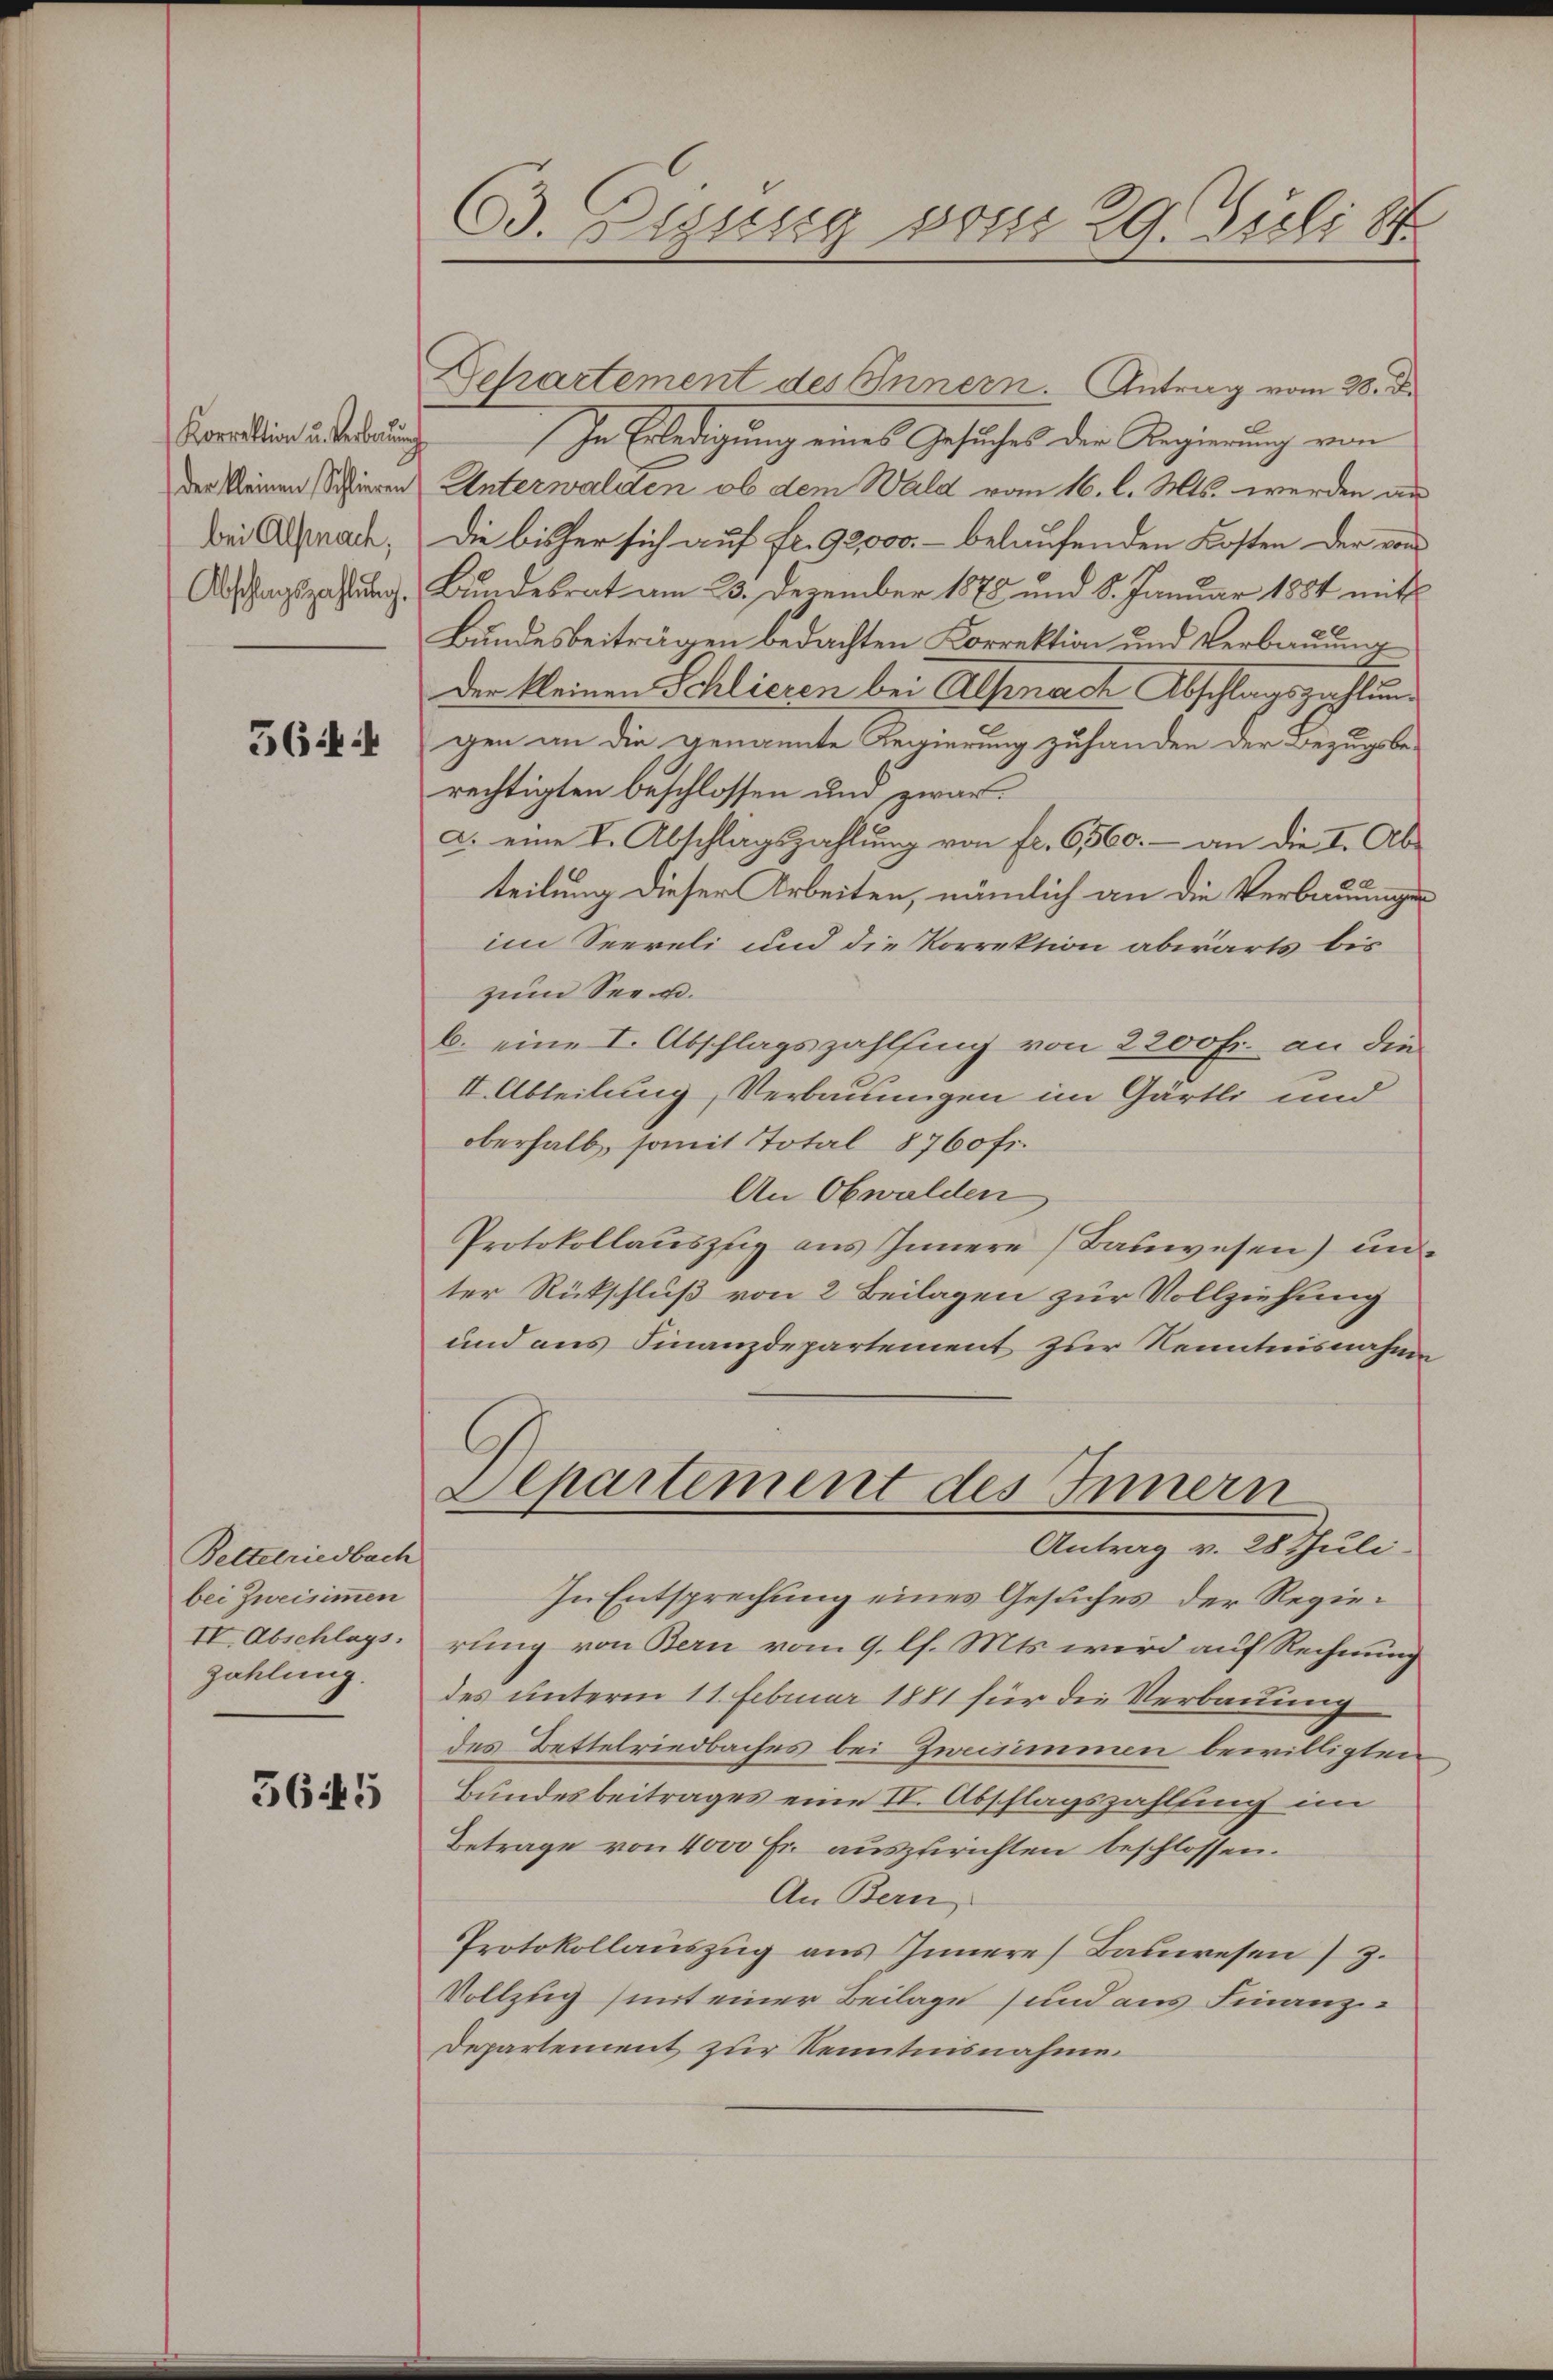
Korrektion u. Verbauung
der kleinen Schlieren
bei Alpnach,
Abschlagszahlung.

564

Bettelriedbach
bei Zweisimmen
Zahlung.

5645

63. Dezung vom 29. Juli 18

Departement des Innern. Antrag vom 28. d.
In Erledigung eines Gesuches der Regierung von
Unterwalden, ob dem Wald vom 16. l. Mts. werden an
Die bisher sich auf fr. 92000.- belaufenden Kosten der von
Bundesrat am 23. Dezember 1878 und 8. Januar 1884 mit
Bundesbeiträgen bedachten Korrektion und Verbauung
Der kleinen Schlieren bei Alpenach Abschlagszahlung
gen an die genannte Regierung zuhanden der Bezugsbe-
rechtigten beschlossen und zwar
a. eine I. Abschlagszahlung von fr. 6560. - an die I. Abteilung dieser Arbeiten, nämlich an die Verbauungen
im Seereli und die Korrektion abwärts bis
zum See u.
b. eine I. Abschlagszahlfing von 2200 fr. an die
II. Abteilung, Verbauungen im Gärtli und
oberhalb, somit Total 8760 fr.
An Obwalden
Protokollauszug aus Innere Bauwesen) un
ter Rückschluß von 2 Beilagen zur Vollziehung
und aus Finanzdepartement zur Kenntnisnahme
Separtement des Innern
Antrag v. 28 Juli.
In Entsprechung eines Gesuches der Regie¬
IV. Abschlags rung von Bern vom 9. l. Mts. wird auf Rechnung
des unterm 11. Februar 1881 für die Verbauung
des Bettelriedbaches bei Zweisimmen bewilligten
Bundesbeitrages eine II. Abschlagszahlung im
Betrage von 4000 Fr. auszurichten beschlossen.
An Bern
Protokollaŭszŭg aŭs Innere Baŭwesen 3.
Vollzug mit einer Beilage und aus Finanz¬
Departement zur Kenntnisnahme.